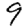
Digit: 9